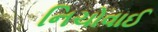
નિચોવાઈ